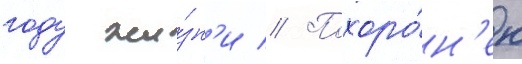
году жи́зн'и // Похоро́н'ен